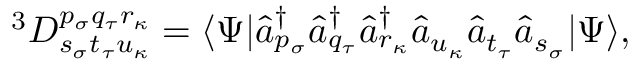
^ 3 D _ { s _ { \sigma } t _ { \tau } u _ { \kappa } } ^ { p _ { \sigma } q _ { \tau } r _ { \kappa } } = \langle \Psi | \hat { a } _ { p _ { \sigma } } ^ { \dagger } \hat { a } _ { q _ { \tau } } ^ { \dagger } \hat { a } _ { r _ { \kappa } } ^ { \dagger } \hat { a } _ { u _ { \kappa } } \hat { a } _ { t _ { \tau } } \hat { a } _ { s _ { \sigma } } | \Psi \rangle ,